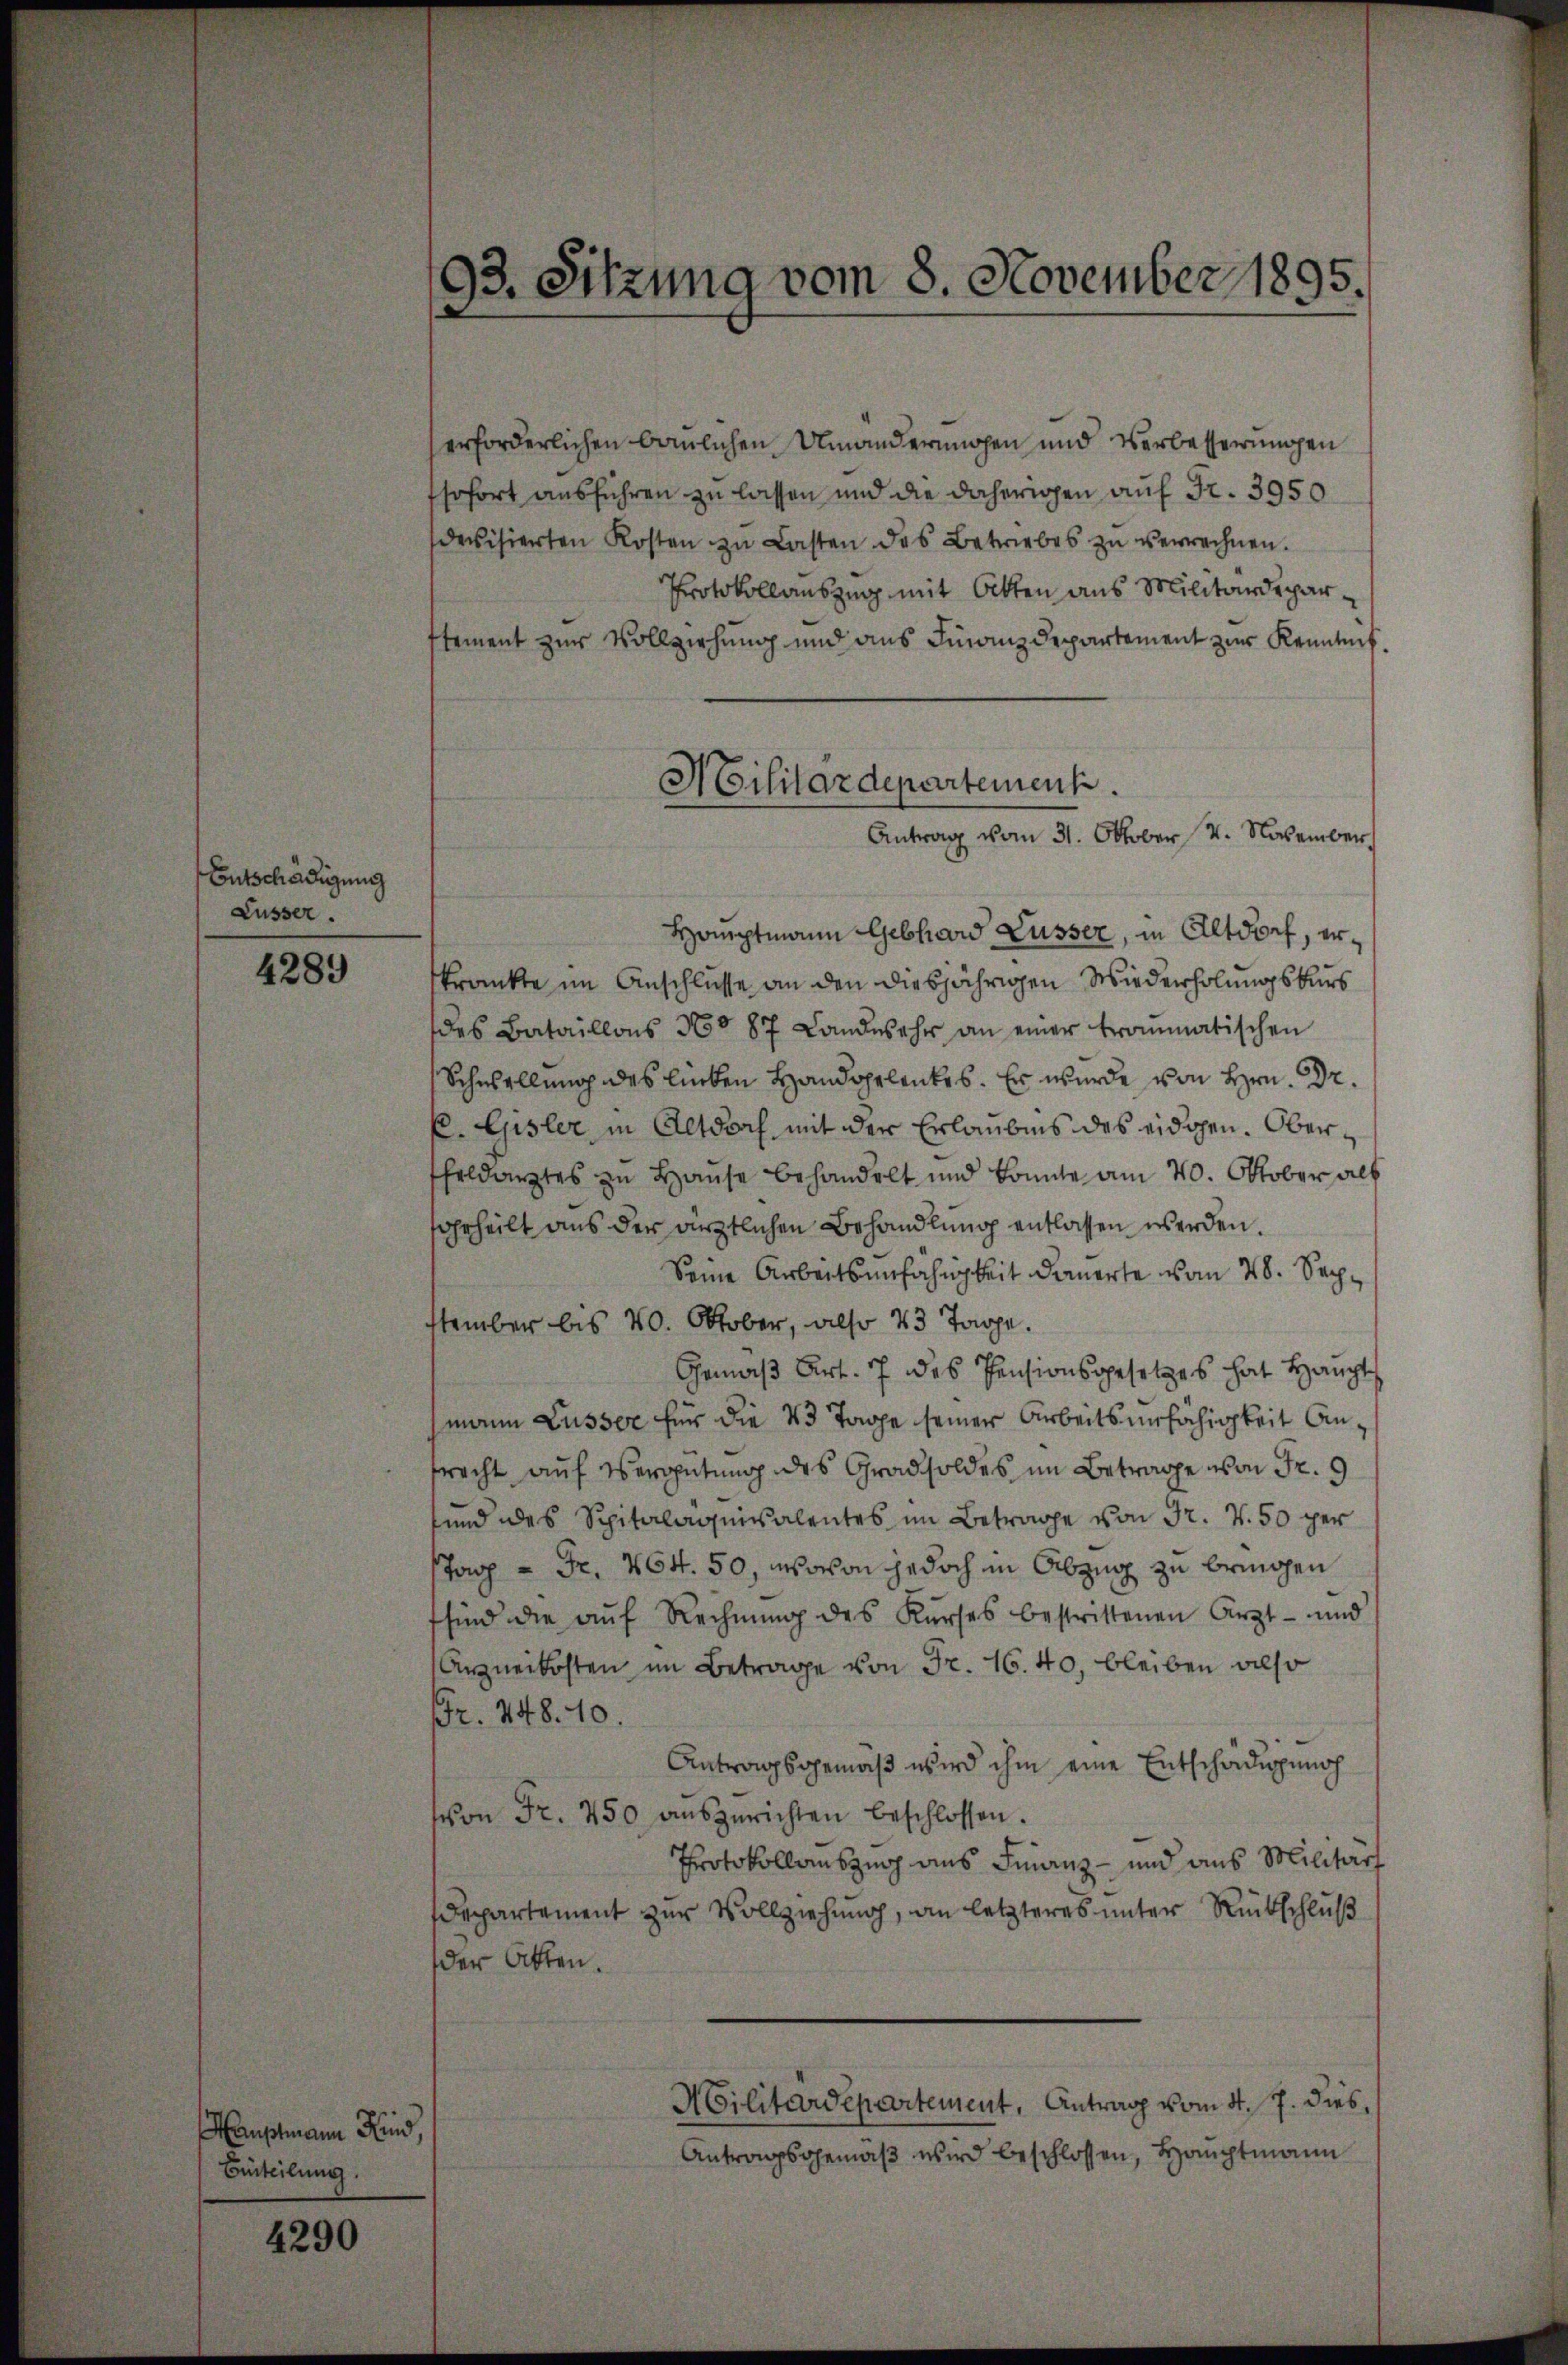
Entschädigung
Lusser.

4289

Hauptmann Kind,
Beteilung.

4290

93. Sitzuna vom 8. November 1895

erforderlichen baulichen Umänderungen und Verbesserungen
sofort ausführen zu lassen und die daherigen auf Fr. 3950
devisierten Kosten zu Lasten des Betriebes zŭ verrechnen.
Protokollauszug mit Otten aus Militärdeparstement zur Vollziehung und ans Finanzdepartement zur Kenntnis.
Hauptmann Gebhard Lüsser, in Altdorf, erkrankte im Anschlüsse an den diesjährigen Wiederholungskurs
des Bataillons No 87 Landwehr an einer traumatischen
Schwellung des lieben Handopelenkes. Er wurde von Hrn. Dr.
C. Gisler in Altdoch mit der Erlaubnis des eidgen. Oberheldarztes zu Hause behandelt und konnte am 20. Oktober alt
ohrheilt aus der ärztlichen Behandlung entlassen werden.
Seine Arbeitsunfähigkeit dauerte vom 28. September bis 20. Oktober, also 43 Tage.
Gemäß Art. 7 des Pensionsgesetzes hat Haupt
mann Lusser für die 43 Tage seiner Arbeitsunfähigkeit Anfrecht auf Vergütung des Grad soldes im Betrage von Fr. 9
sind des Spitalaquivalentes im Betrage von Fr. 4. 50 per
stag - Fr. 464. 50, wovon jedoch in Abzug zu bringen
sind die aŭf Rechnŭng des Kŭrses bestrittenen Ärzt- und
Arzneikosten im Betrage von Fr. 16. 40, bleiben also
Fr. 248. 10
Antragsgemäß wird ihm eine Entschädigung
von Fr. 750 auszurichten beschlossen.
Protokollauszug aus Finanz- und aus Militar
Departement zur Vollziehung, an letzteres unter Rückschluß
der Akten.
Militärdepartement, Antrag vom 4. J. dies,
Antragsgemäß wird beschlossen, Hauptmann

Militärdepartement.
Antrag vom 31. Oktober 4. November